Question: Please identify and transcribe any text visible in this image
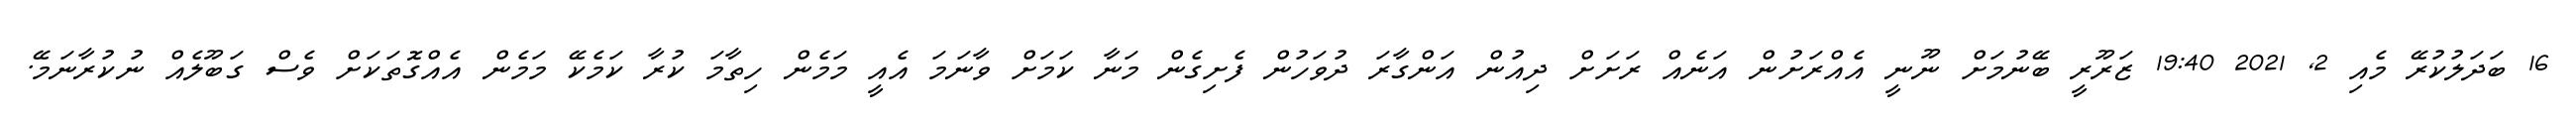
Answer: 16 ބަދަލުކުރޭ މެއި 2, 2021 19:40 ޒަރޫރީ ބޭނުމަށް ނޫނީ އެއްރަށުން އަނެއް ރަށަށް ދިއުން އަންގާރަ ދުވަހުން ފެށިގެން މަނާ ކަމަށް ވާނަމަ އެއީ މަމެން ހިތާމަ ކުރާ ކަމެކޭ މަމެން އެއްގޮތަކަށް ވެސް ގަބޫލެއް ނުކުރާނަމޭ.